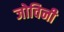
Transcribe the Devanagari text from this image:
जोविनी